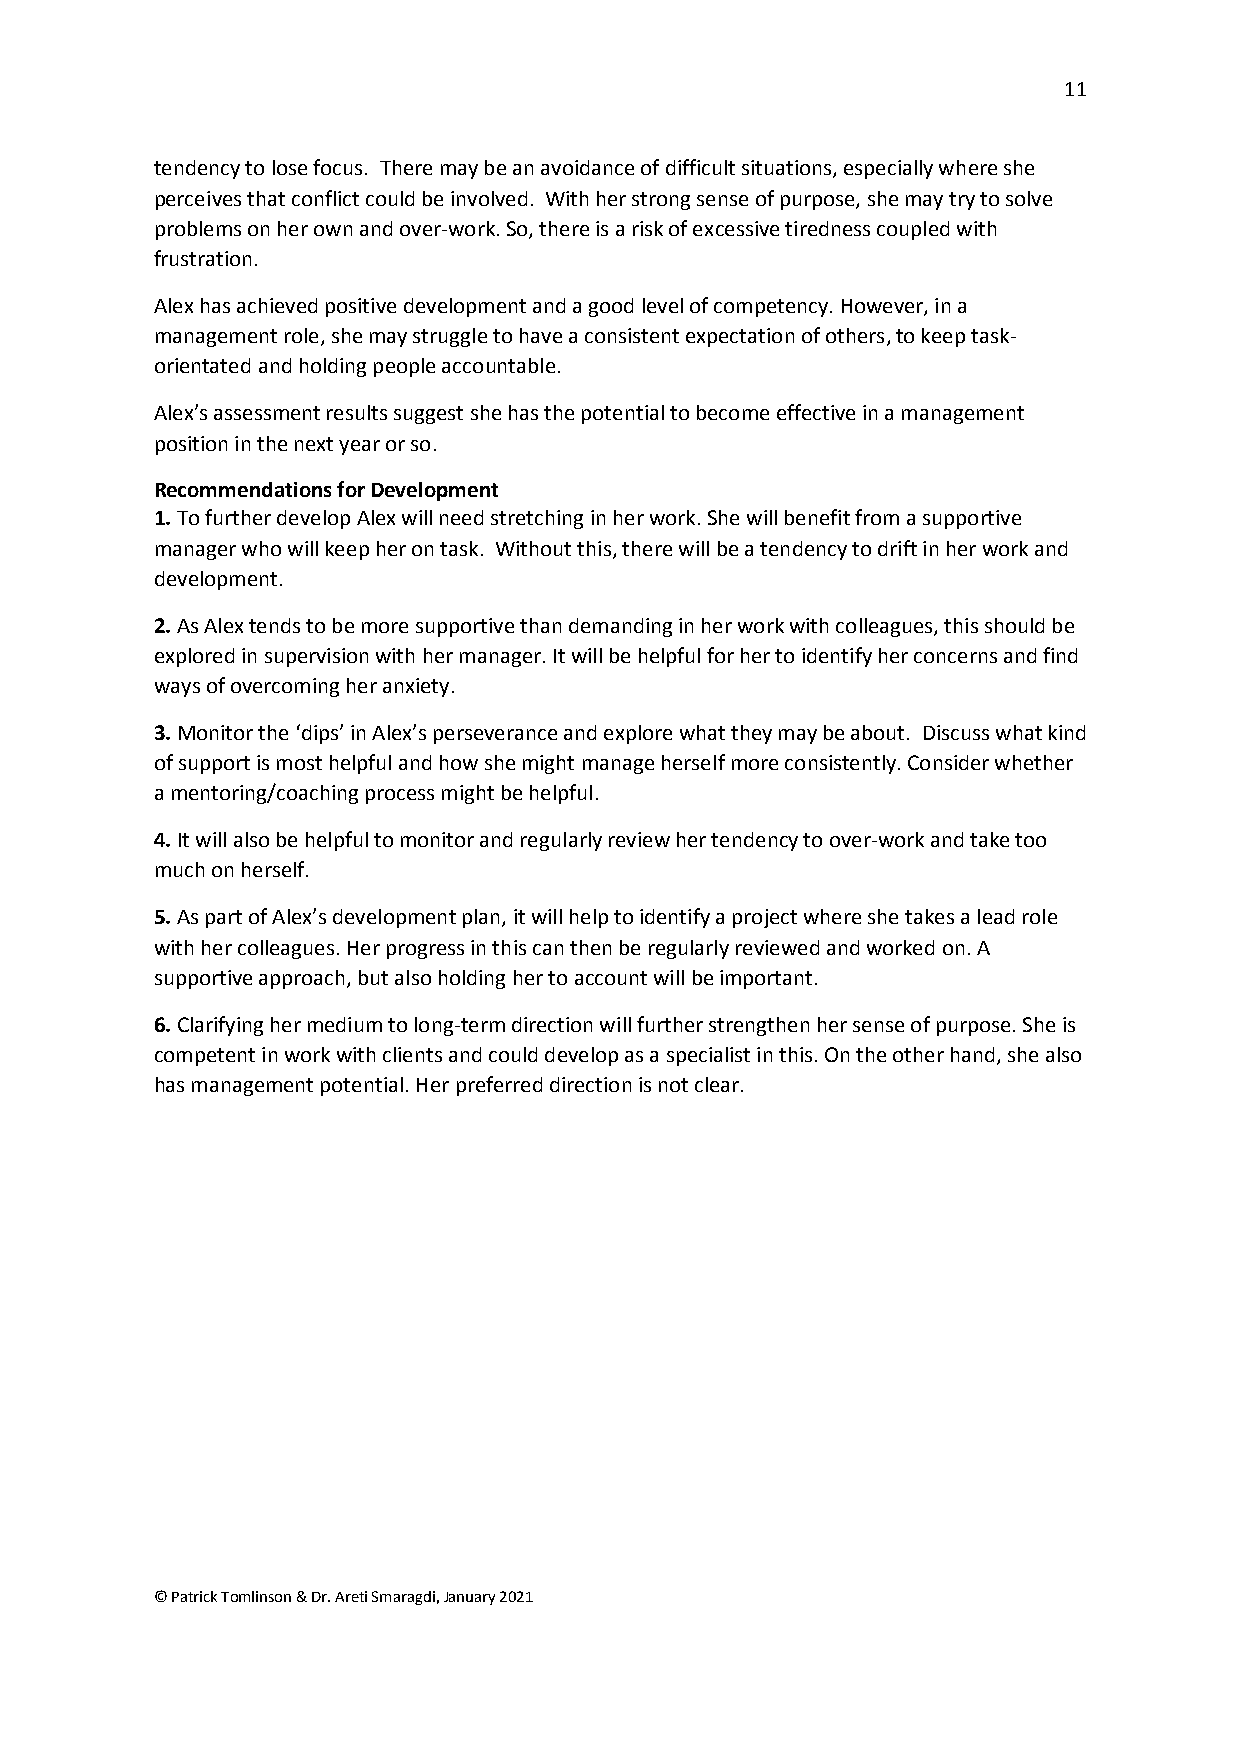
11
 tendency to lose focus. There may be an avoidance of difficult situations, especially where she
 perceives that conflict could be involved. With her strong sense of purpose, she may try to solve
 problems on her own and over-work. So, there is a risk of excessive tiredness coupled with
 frustration.
 Alex has achieved positive development and a good level of competency. However, in a
 management role, she may struggle to have a consistent expectation of others, to keep task-
 orientated and holding people accountable.
 Alex’s assessment results suggest she has the potential to become effective in a management
 position in the next year or so.
 Recommendations for Development
 1. To further develop Alex will need stretching in her work. She will benefit from a supportive
 manager who will keep her on task. Without this, there will be a tendency to drift in her work and
 development.
 2. As Alex tends to be more supportive than demanding in her work with colleagues, this should be
 explored in supervision with her manager. It will be helpful for her to identify her concerns and find
 ways of overcoming her anxiety.
 3. Monitor the ‘dips’ in Alex’s perseverance and explore what they may be about. Discuss what kind
 of support is most helpful and how she might manage herself more consistently. Consider whether
 a mentoring/coaching process might be helpful.
 4. It will also be helpful to monitor and regularly review her tendency to over-work and take too
 much on herself.
 5. As part of Alex’s development plan, it will help to identify a project where she takes a lead role
 with her colleagues. Her progress in this can then be regularly reviewed and worked on. A
 supportive approach, but also holding her to account will be important.
 6. Clarifying her medium to long-term direction will further strengthen her sense of purpose. She is
 competent in work with clients and could develop as a specialist in this. On the other hand, she also
 has management potential. Her preferred direction is not clear.
 © Patrick Tomlinson & Dr. Areti Smaragdi, January 2021